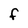
Character: f